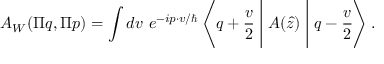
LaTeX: A _ { W } ( \Pi q , \Pi p ) = \int d v ~ e ^ { - i p \cdot v / \hbar } \left\langle q + \frac { v } { 2 } \Biggm | A ( \hat { z } ) \Biggm | q - \frac { v } { 2 } \right\rangle .